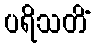
ပရိသတိံ